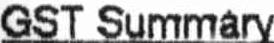
GST SUMMARY